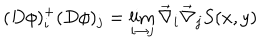
( D \phi ) _ { i } ^ { + } ( D \phi ) _ { j } = \lim _ { i \rightarrow j } \vec { \nabla } _ { i } \vec { \nabla } _ { j } S ( x , y )